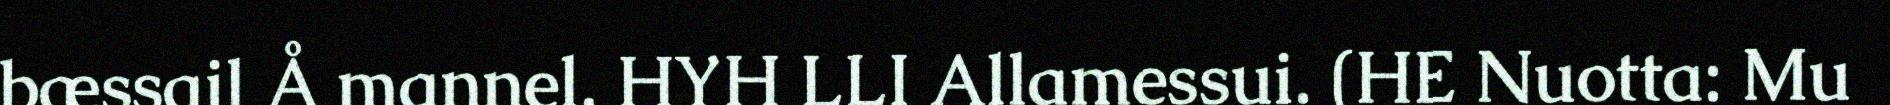
bæssail Å mannel. HYH LLI Allamessui. (HE Nuotta: Mu